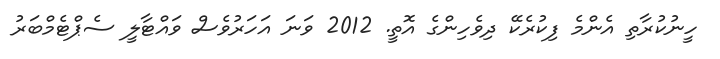
ހީނުކުރާތި އެންމެ ފިކުރެކޭ ދިވެހިންގެ އޮތީ. 2012 ވަނަ އަހަރުވެސް ވައްޓާލީ ސެޕްޓެމްބަރު